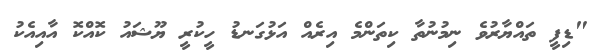
"ޑިފީ ތައްޔާރުވެ ނިމުނުތާ ކިތަންމެ އިރެއް އަޅުގަނޑު ހީކުރީ ޔޫޝައު ކޮއްކޮ އާއިއެކު